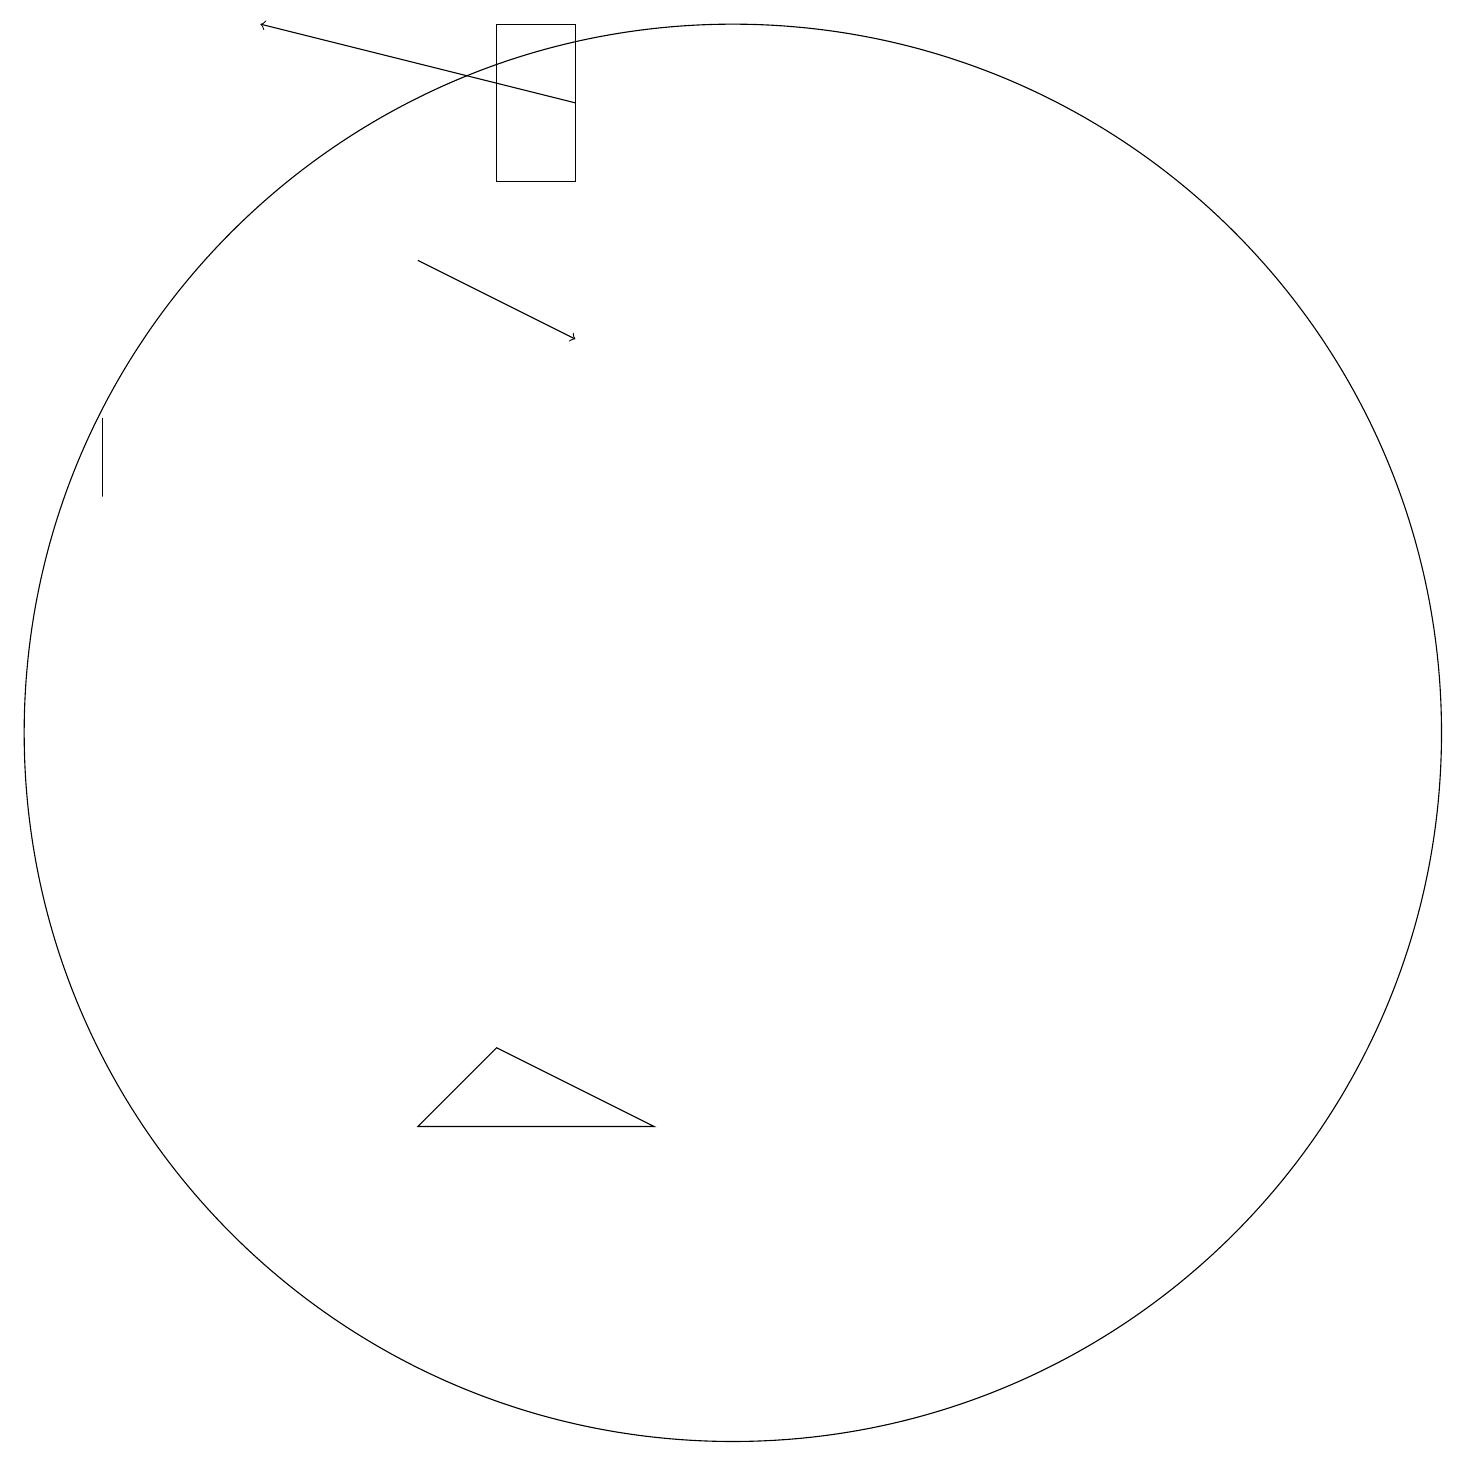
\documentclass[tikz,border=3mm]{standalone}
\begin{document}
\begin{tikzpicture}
\draw (8,19) rectangle (7,17);
\draw[->] (8,18) -- (4,19);
\draw (2,13) rectangle (2,14);
\draw (10,10) circle (9);
\draw (9,5) -- (6,5) -- (7,6) -- cycle;
\draw[->] (6,16) -- (8,15);
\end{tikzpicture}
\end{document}